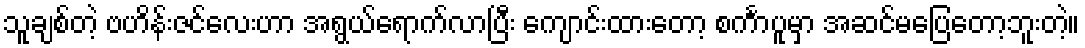
သူချစ်တဲ့ ဗဟိန်းဇင်လေးဟာ အရွယ်ရောက်လာပြီး ကျောင်းထားတော့ စင်္ကာပူမှာ အဆင်မပြေတော့ဘူးတဲ့။